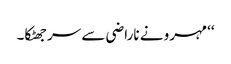
‘‘ مہرو نے ناراضی سے سر جھٹکا۔